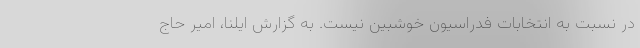
در نسبت به انتخابات فدراسیون خوشبین نیست. به گزارش ایلنا، امیر حاج